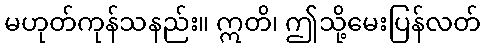
မဟုတ်ကုန်သနည်း။ ဣတိ၊ ဤသို့မေးပြန်လတ်